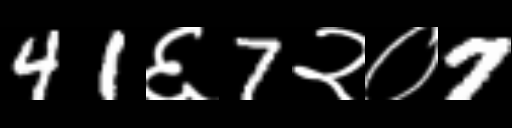
Text: 41६7२०7